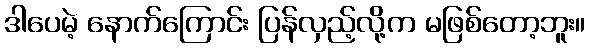
ဒါပေမဲ့ နောက်ကြောင်း ပြန်လှည့်လို့က မဖြစ်တော့ဘူး။